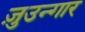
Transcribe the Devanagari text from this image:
ज़ुउन्गार